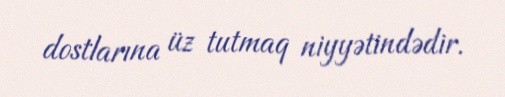
dostlarına üz tutmaq niyyətindədir.